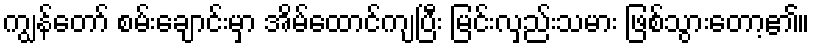
ကျွန်တော် စမ်းချောင်းမှာ အိမ်ထောင်ကျပြီး မြင်းလှည်းသမား ဖြစ်သွားတော့၏။